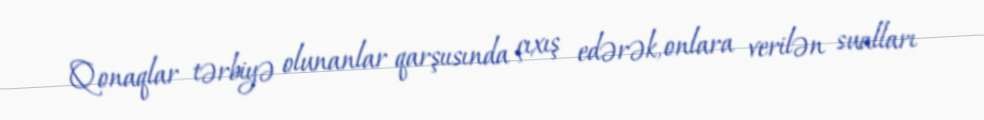
Qonaqlar tərbiyə olunanlar qarşıısında çıxış edərək, onlara verilən sualları